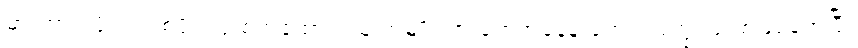
မားဘာ့ဂ် ဗိုင်းရပ်စ်ပိုး ကူးစက်ခံထားရသူ အမျိုးသားတွေအနေနဲ့ ရောဂါလက္ခဏာ စဖြစ်ခဲ့အပြီး